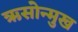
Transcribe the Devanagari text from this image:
ऋसोन्मुख